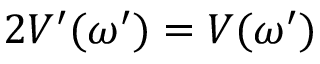
2 V ^ { \prime } ( \omega ^ { \prime } ) = V ( \omega ^ { \prime } )